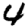
Digit: 4